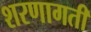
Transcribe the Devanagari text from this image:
शरणागती